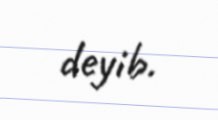
deyib.